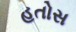
હતોસ